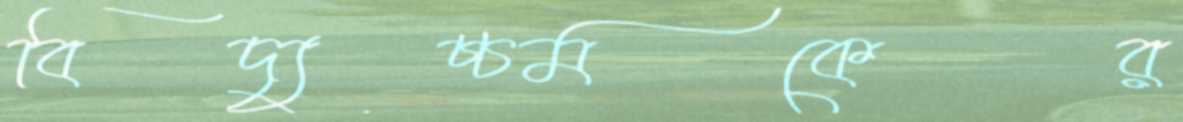
বিদ্যুচ্চমকের